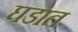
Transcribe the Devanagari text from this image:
घडात